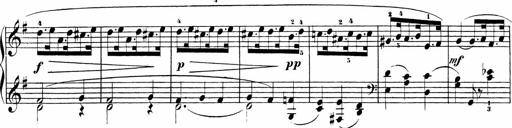
Title: Sonatinas
Composer: Andrew Violette